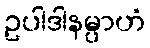
ဥပါဒါနမ္ပာဟံ